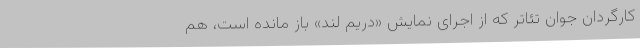
کارگردان جوان تئاتر که از اجرای نمایش «دریم لند» باز مانده است، هم